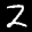
Label: 2